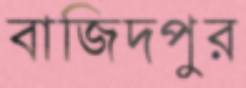
বাজিদপুর